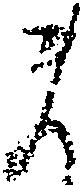
ま